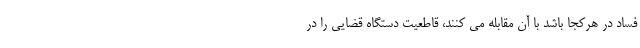
فساد در هرکجا باشد با آن مقابله می کنند، قاطعیت دستگاه قضایی را در